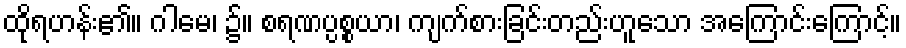
ထိုရဟန်း၏။ ဂါမေ၊ ၌။ စရဏပ္ပစ္စယာ၊ ကျက်စားခြင်းတည်းဟူသော အကြောင်းကြောင့်။